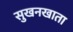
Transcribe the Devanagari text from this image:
सुखनखाता